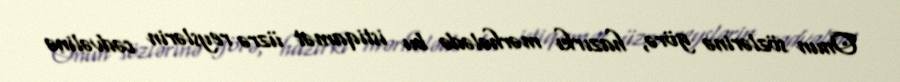
Onun sözlərinə görə, hazırkı mərhələdə bu istiqamət üzrə reyslərin cədvəlinə